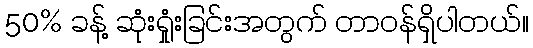
50% ခန့် ဆုံးရှုံးခြင်းအတွက် တာဝန်ရှိပါတယ်။